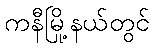
ကနီမြို့နယ်တွင်